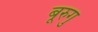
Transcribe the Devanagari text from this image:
बूरुगु